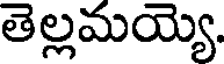
తెల్లమయ్యె.